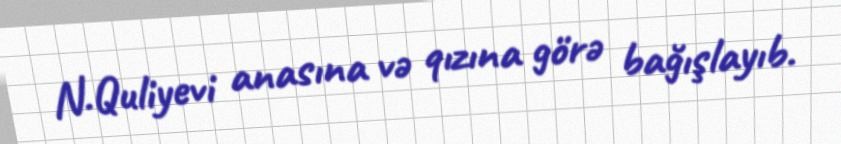
N.Quliyevi anasına və qızına görə bağışlayıb.